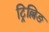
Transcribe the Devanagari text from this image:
ट्रिल्लिङ